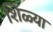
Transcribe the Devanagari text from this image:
शिळ्या